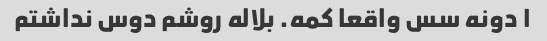
۱ دونه سس واقعا کمه. بلاله روشم دوس نداشتم